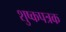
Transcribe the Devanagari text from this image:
शुष्कपत्रक